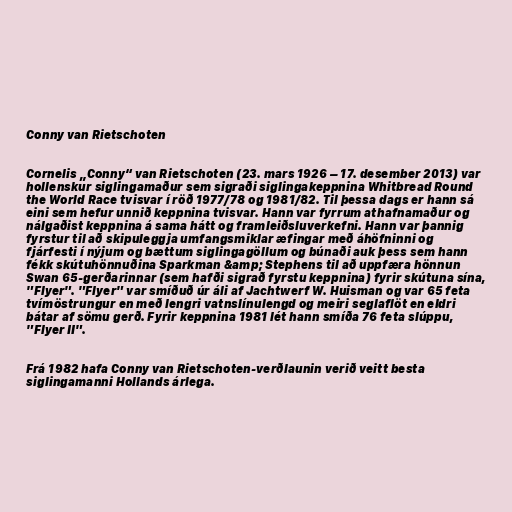
Conny van Rietschoten

Cornelis „Conny“ van Rietschoten (23. mars 1926 – 17. desember 2013) var
hollenskur siglingamaður sem sigraði siglingakeppnina Whitbread Round
the World Race tvisvar í röð 1977/78 og 1981/82. Til þessa dags er hann sá
eini sem hefur unnið keppnina tvisvar. Hann var fyrrum athafnamaður og
nálgaðist keppnina á sama hátt og framleiðsluverkefni. Hann var þannig
fyrstur til að skipuleggja umfangsmiklar æfingar með áhöfninni og
fjárfesti í nýjum og bættum siglingagöllum og búnaði auk þess sem hann
fékk skútuhönnuðina Sparkman &amp; Stephens til að uppfæra hönnun
Swan 65-gerðarinnar (sem hafði sigrað fyrstu keppnina) fyrir skútuna sína,
"Flyer". "Flyer" var smíðuð úr áli af Jachtwerf W. Huisman og var 65 feta
tvímöstrungur en með lengri vatnslínulengd og meiri seglaflöt en eldri
bátar af sömu gerð. Fyrir keppnina 1981 lét hann smíða 76 feta slúppu,
"Flyer II".

Frá 1982 hafa Conny van Rietschoten-verðlaunin verið veitt besta
siglingamanni Hollands árlega.